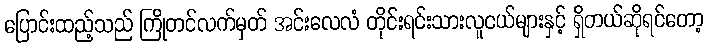
ပြောင်းထည့်သည် ကြိုတင်လက်မှတ် အင်းလေလံ တိုင်းရင်းသားလူငယ်များနှင့် ရှိတယ်ဆိုရင်တော့